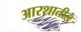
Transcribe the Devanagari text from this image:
आरशातील